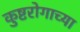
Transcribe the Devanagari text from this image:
कुष्टरोगाच्या